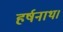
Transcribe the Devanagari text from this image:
हर्षनाथ।